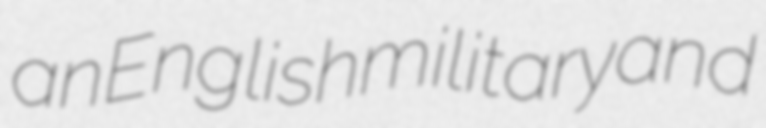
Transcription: an English military and